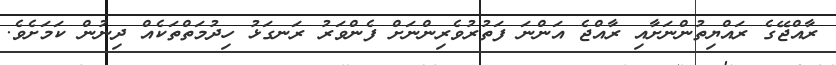
ރާއްޖޭގެ ރައްޔިތުންނަށާއި ރާއްޖެ އަންނަ ފަތުރުވެރިންނަށް ފެންވަރު ރަނގަޅު ހިދުމަތްތަކެއް ދިނުން ކަމަށެވެ.